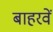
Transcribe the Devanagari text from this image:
बाहरवें